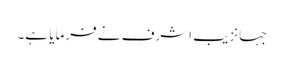
جہانزیب اشرف نے فرمایا ہے۔